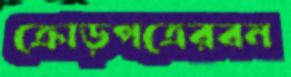
ক্রোড়পত্রেরবন